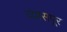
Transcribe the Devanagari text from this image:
व्यासपूर